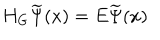
H _ { G } \widetilde { \Psi } ( x ) = E \widetilde { \Psi } ( x )